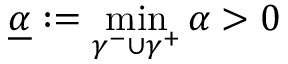
\underline { { \alpha } } : = \operatorname* { m i n } _ { \gamma ^ { - } \cup \gamma ^ { + } } \alpha > 0